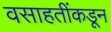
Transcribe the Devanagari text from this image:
वसाहतींकडून